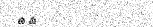
١٩